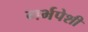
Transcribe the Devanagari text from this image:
गर्भपेशी